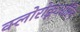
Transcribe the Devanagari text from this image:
क्लोरोक्रूओरिन